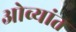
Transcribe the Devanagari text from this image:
ओव्यांत